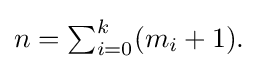
{\textstyle n=\sum _{i=0}^{k}(m_{i}+1).}